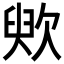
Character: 䶾